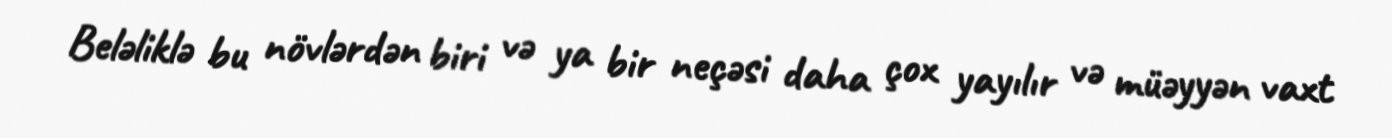
Beləliklə bu növlərdən biri və ya bir neçəsi daha çox yayılır və müəyyən vaxt